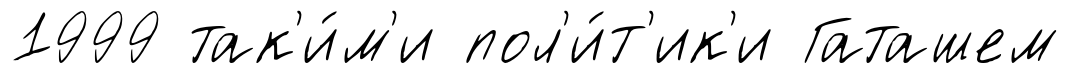
1999 так'и́м'и пол'и́т'ик'и Гаташем